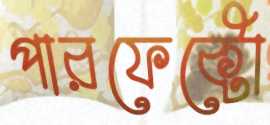
পারফেক্টো